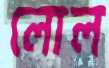
লোল